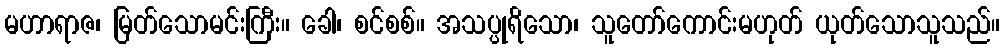
မဟာရာဇ၊ မြတ်သောမင်းကြီး။ ခေါ၊ စင်စစ်။ အသပ္ပုရိသော၊ သူတော်ကောင်းမဟုတ် ယုတ်သောသူသည်။